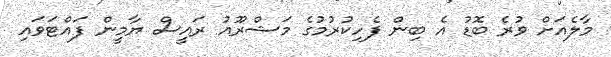
މާލެއަށް ވުރެ ބޮޑު އެ ބިން ފެހިކުރުމުގެ މަޝްރޫއު ރައީސް ޔާމީން ފައްޓަވައި